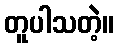
တူပါသတဲ့။